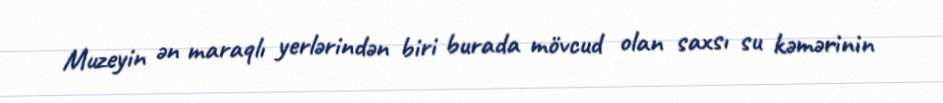
Muzeyin ən maraqlı yerlərindən biri burada mövcud olan saxsı su kəmərinin